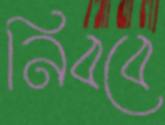
নিববে